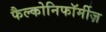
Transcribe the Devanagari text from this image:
फैल्कोनिफॉर्मीज़